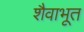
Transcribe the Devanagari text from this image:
शैवाभूत